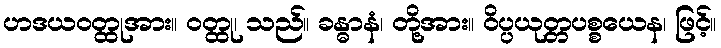
ဟဒယဝတ္ထုအား။ ဝတ္ထု၊ သည်။ ခန္ဓာနံ၊ တို့အား။ ဝိပ္ပယုတ္တပစ္စယေန၊ ဖြင့်။